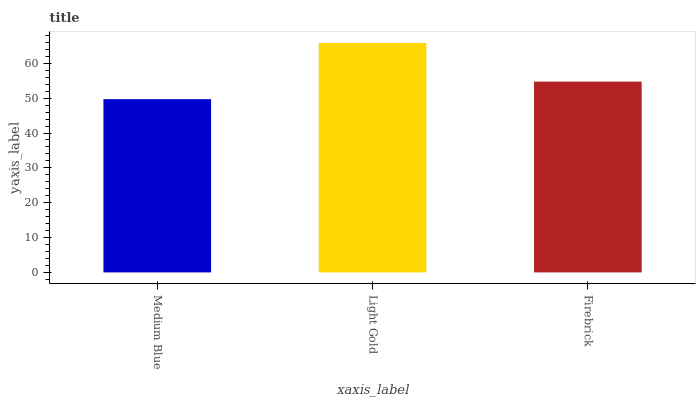
| xaxis_label | bars |
 | --- | --- |
 | Medium Blue | 49.7 |
 | Light Gold | 65.8 |
 | Firebrick | 54.8 |